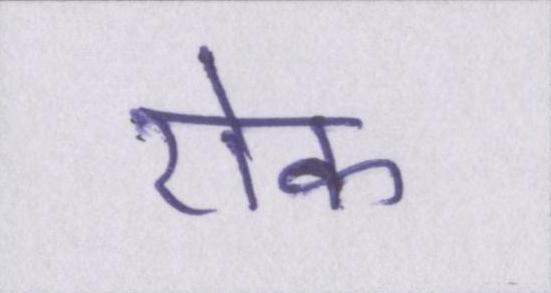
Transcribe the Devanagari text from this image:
रॊक